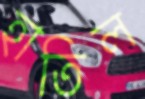
হাতিল